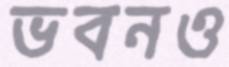
ভবনও